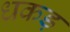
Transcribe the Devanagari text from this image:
धकड़